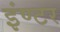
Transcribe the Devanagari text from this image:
इंण्टर